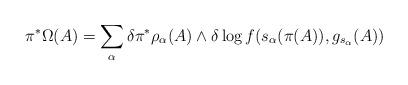
LaTeX: \begin{align*}\pi ^\ast \Omega (A) = \sum _{\alpha}\delta\pi ^\ast \rho _{\alpha}(A)\wedge \delta\log f(s _\alpha (\pi (A)),g_{s_\alpha }(A))\end{align*}